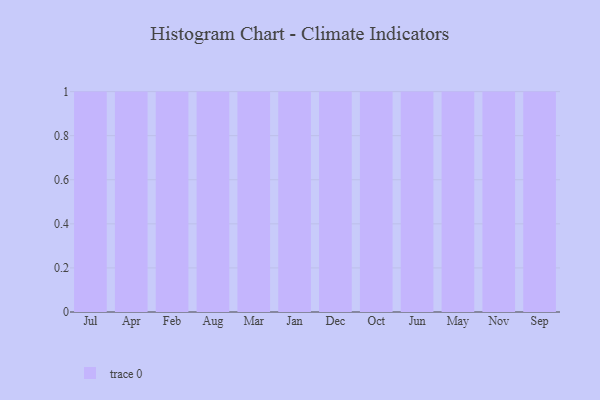
{"axis": {"x": "Month", "y": "Production Output"}, "legend": [""], "data": [{"x": "Jul", "y": 39, "type": ""}, {"x": "Apr", "y": 77, "type": ""}, {"x": "Feb", "y": 20, "type": ""}, {"x": "Aug", "y": 14, "type": ""}, {"x": "Mar", "y": 2, "type": ""}, {"x": "Jan", "y": 98, "type": ""}, {"x": "Dec", "y": 68, "type": ""}, {"x": "Oct", "y": 96, "type": ""}, {"x": "Jun", "y": 1, "type": ""}, {"x": "May", "y": 38, "type": ""}, {"x": "Nov", "y": 81, "type": ""}, {"x": "Sep", "y": 49, "type": ""}]}